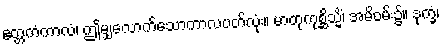
ဧတ္တကံကာလံ၊ ဤမျှလောက်သောကာလပတ်လုံး။ မာတုကုစ္ဆိသ္မိံ၊ အမိဝမ်း၌။ ဒုက္ခံ၊